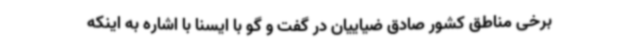
برخی مناطق کشور صادق ضیاییان در گفت و گو با ایسنا با اشاره به اینکه